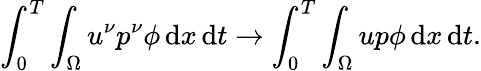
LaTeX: \int_{0}^{T}\int_{\Omega}u^{\nu}p^{\nu}\phi\, \mathrm{d}x\, \mathrm{d}t\to\int_{0}^{T}\int_{\Omega}up\phi\, \mathrm{d}x\, \mathrm{d}t.